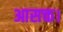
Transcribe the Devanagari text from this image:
आसक्त।